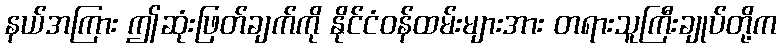
နယ်အကြား ဤဆုံးဖြတ်ချက်ကို နိုင်ငံဝန်ထမ်းများအား တရားသူကြီးချုပ်တို့က